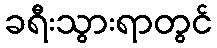
ခရီးသွားရာတွင်